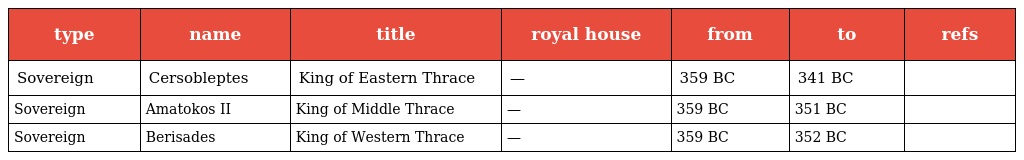
| type | name | title | royal house | from | to | refs |
 | --- | --- | --- | --- | --- | --- | --- |
 | Sovereign | Cersobleptes | King of Eastern Thrace | — | 359 BC | 341 BC |  |
 | Sovereign | Amatokos II | King of Middle Thrace | — | 359 BC | 351 BC |  |
 | Sovereign | Berisades | King of Western Thrace | — | 359 BC | 352 BC |  |